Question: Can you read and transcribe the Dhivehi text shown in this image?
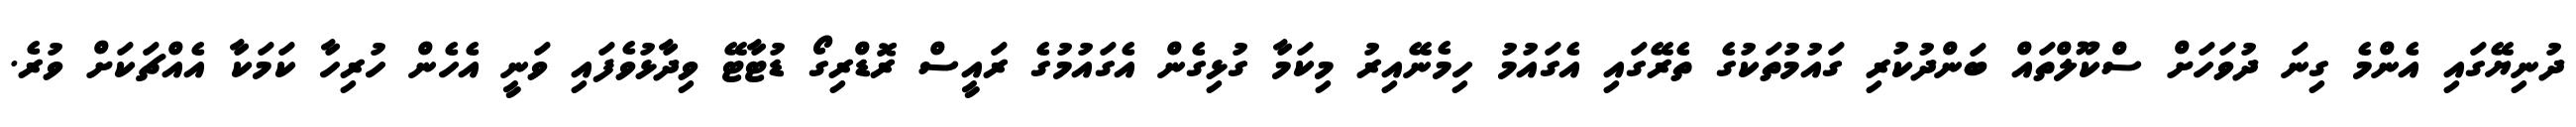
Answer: ދުނިޔޭގައި އެންމެ ގިނަ ދުވަހަށް ސްކޫލްތައް ބަންދުކުރި ގައުމުތަކުގެ ތެރޭގައި އެގައުމު ހިމެނޭއިރު މިކަމާ ގުޅިގެން އެގައުމުގެ ރައީސް ރޮޑްރިގޯ ޑުޓާޓޭ ވިދާޅުވެފައި ވަނީ އެހެން ހުރިހާ ކަމަކާ އެއްޗަކަށް ވުރެ.